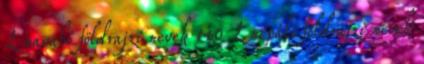
L navahó földrajzi nevek‎ 140 L nepáli földrajzi nevek‎